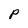
Character: p